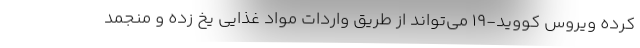
کرده ویروس کووید-19 می‌تواند از طریق واردات مواد غذایی یخ زده و منجمد